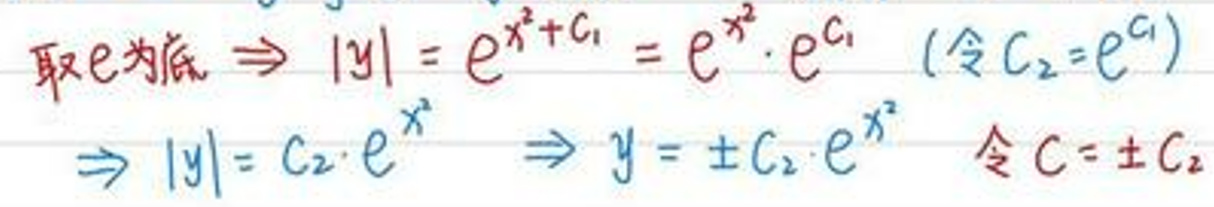
取\(e\)为底\(\Rightarrow |y| = e^{x^{2}+C_{1}} = e^{x^{2}}\cdot e^{C_{1}}\)（令\(C_{2}=e^{C_{1}}\)）

\(\Rightarrow |y| = C_{2}\cdot e^{x^{2}}\Rightarrow y=\pm C_{2}e^{x^{2}}\) 令\(C=\pm C_{2}\)